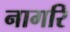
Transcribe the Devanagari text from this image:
नागरि